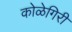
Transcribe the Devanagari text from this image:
कोळेगिरी